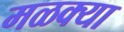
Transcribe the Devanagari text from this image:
मळक्या